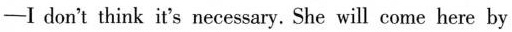
-I don't think it's necessary. She will come here by